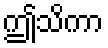
ဤသိကာ